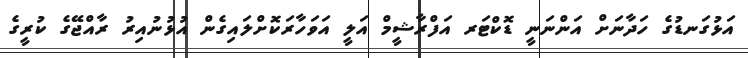
އަޅުގަނޑުގެ ހަދާނަށް އަންނަނީ ޑޮކްޓަރ އަފްރާޝީމް އަލީ އަވަހާރަކޮށްލައިގެން އުޅުނުއިރު ރާއްޖޭގެ ކުރީގެ